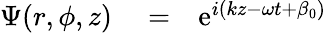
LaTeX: \begin{array}{rlr}{\Psi(r,\phi,z)}&{{}=}&{\mathrm{e}^{i(kz-\omega t+\beta_{0})}}\end{array}